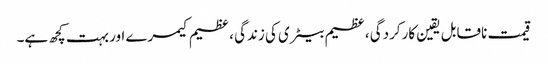
قیمت ناقابل یقین کارکردگی ، عظیم بیٹری کی زندگی ، عظیم کیمرے اور بہت کچھ ہے۔